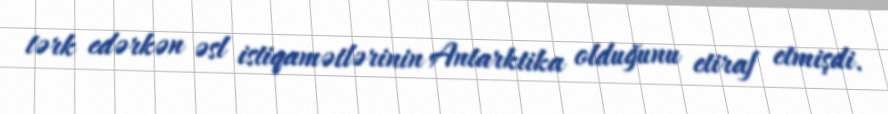
tərk edərkən əsl istiqamətlərinin Antarktika olduğunu etiraf etmişdi.